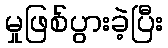
မှုဖြစ်ပွားခဲ့ပြီး